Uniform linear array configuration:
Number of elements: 8
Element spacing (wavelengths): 0.75
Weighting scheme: hamming
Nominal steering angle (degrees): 45
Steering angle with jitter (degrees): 44.98
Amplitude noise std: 0.05
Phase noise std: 0.05

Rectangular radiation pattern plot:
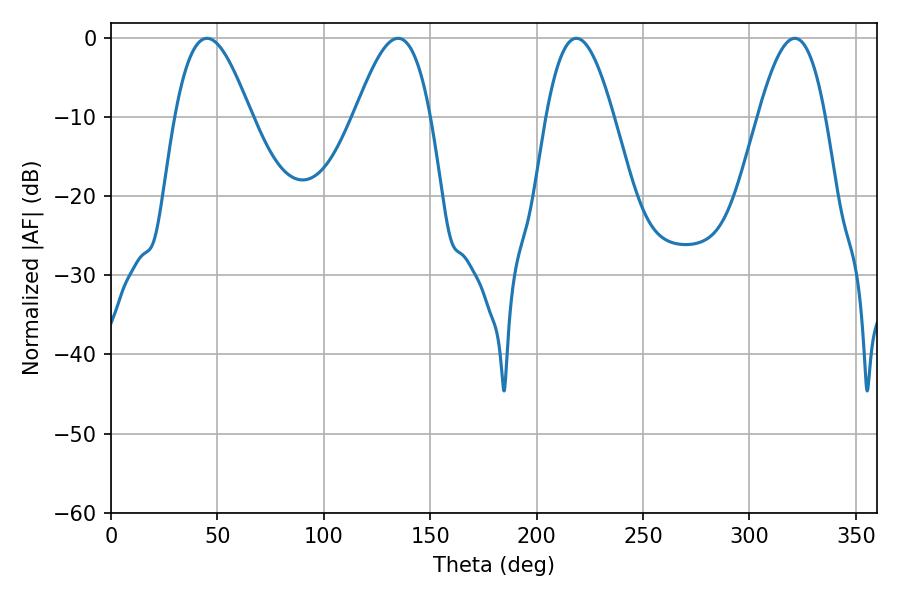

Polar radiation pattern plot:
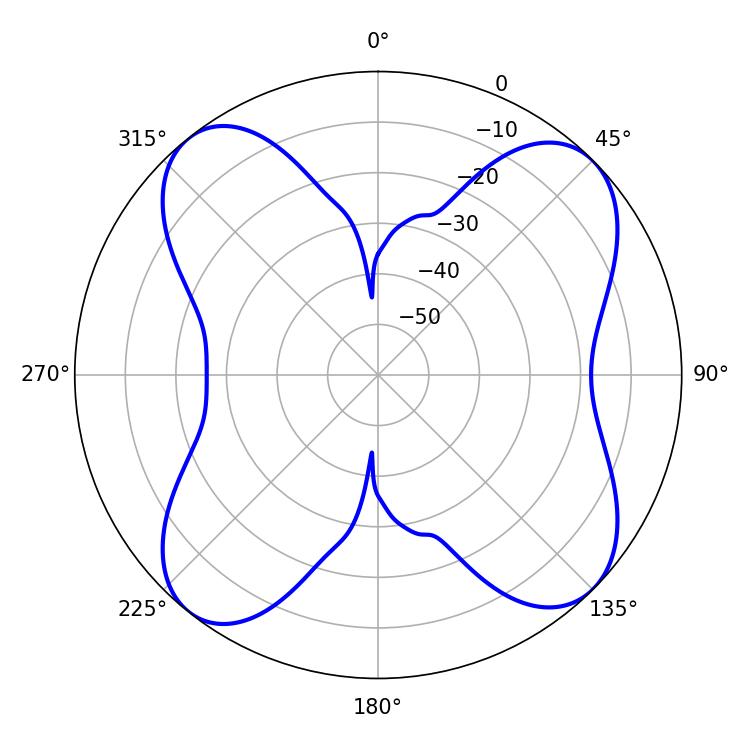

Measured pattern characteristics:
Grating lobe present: TRUE
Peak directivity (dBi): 11.949
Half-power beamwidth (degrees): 17.28
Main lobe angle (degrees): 218.7